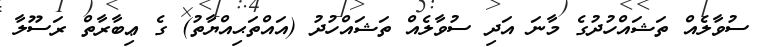
ސުވާލެއް ތަޝައްހުދުގެ މާނަ އަދި ސުވާލެއް ތަޝައްހުދު (އައްތަޙިއްޔާތު) ގެ ޢިބާރާތް ރަސޫލާ